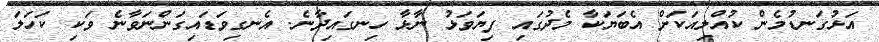
އަޅުގަނޑުމެން ކުއްލިއަކަށް އެބަޔަކާ މެދުގައި ފިޔަވަޅު ނާޅާ ހިނގައިދާނެ. އެނގިވަޑައިގަންނަވާނެ ވަކި ކަހަލަ